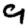
Digit: 9